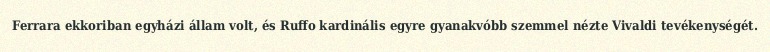
Ferrara ekkoriban egyházi állam volt, és Ruffo kardinális egyre gyanakvóbb szemmel nézte Vivaldi tevékenységét.